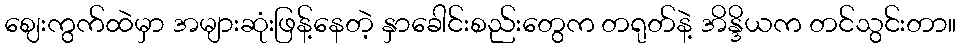
ဈေးကွက်ထဲမှာ အများဆုံးဖြန့်နေတဲ့ နှာခေါင်းစည်းတွေက တရုတ်နဲ့ အိန္ဒိယက တင်သွင်းတာ။